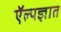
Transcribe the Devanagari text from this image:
ऍल्पज्ञात